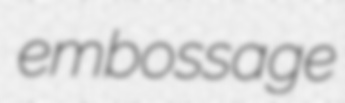
embossage